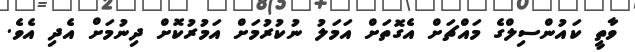
ވާތީ ކައުންސިލްގެ މައްޗަށް އެގޮތަށް އަމަލު ނުކުރުމަށް އަމުރުކޮށް ދިނުމަށް އެދި އެވެ.